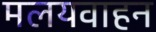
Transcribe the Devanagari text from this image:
मलयवाहन